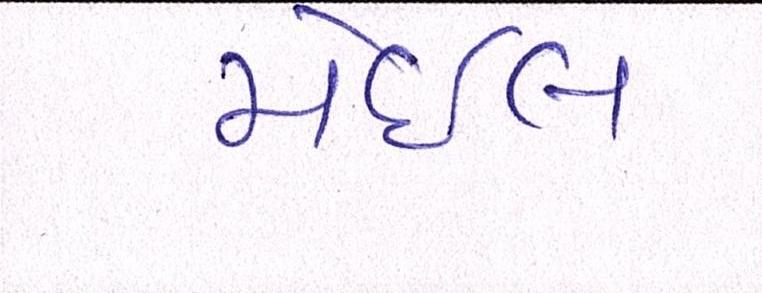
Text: મેઈલ